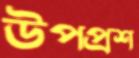
উপপ্রশ